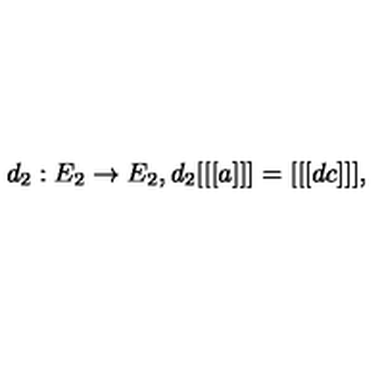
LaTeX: d _ { 2 } : E _ { 2 } \rightarrow E _ { 2 } , d _ { 2 } [ [ [ a ] ] ] = [ [ [ d c ] ] ] ,